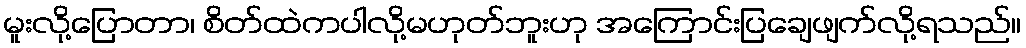
မူးလို့ပြောတာ၊ စိတ်ထဲကပါလို့မဟုတ်ဘူးဟု အကြောင်းပြချေဖျက်လို့ရသည်။